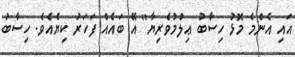
އައި އެންމެ މޮޅު ހިސާބު ޢިލްމުވެރިޔާ" އޭ ބައެއް ފަހަރު ކިޔެއެވެ. ހިސާބު